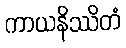
ကာယနိဿိတံ